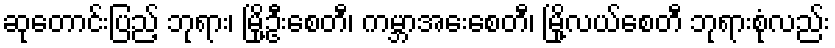
ဆုတောင်းပြည့် ဘုရား၊ မြို့ဦးစေတီ၊ ကမ္ဘာအေးစေတီ၊ မြို့လယ်စေတီ ဘုရားစုံလည်း